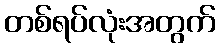
တစ်ရပ်လုံးအတွက်